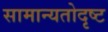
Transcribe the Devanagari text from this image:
सामान्यतोदृष्ट